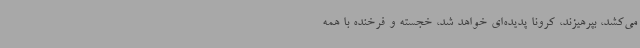
می‌کشد، بپرهیزند، کرونا پدیده‌ای خواهد شد، خجسته و فرخنده با همه